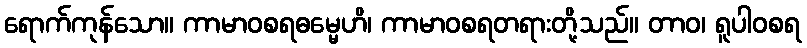
ရောက်ကုန်သော။ ကာမာဝစရဓမ္မေဟိ၊ ကာမာဝစရတရားတို့သည်။ တာဝ၊ ရူပါဝစရ